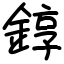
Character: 錞